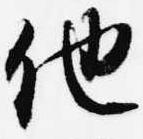
他